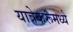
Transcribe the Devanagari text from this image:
यात्रेकरूंमध्ये